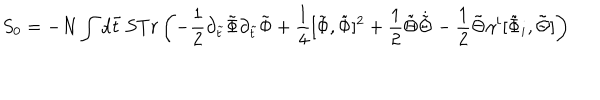
S _ { 0 } = - N \int d \tilde { t } \, S T r \left( - \frac { 1 } { 2 } \partial _ { \tilde { t } } \tilde { \Phi } \partial _ { \tilde { t } } \tilde { \Phi } + \frac { 1 } { 4 } [ \tilde { \Phi } , \tilde { \Phi } ] ^ { 2 } + { \frac { 1 } { 2 } } \tilde { \Theta } \dot { \tilde { \Theta } } - { \frac { 1 } { 2 } } \tilde { \Theta } \gamma ^ { i } [ \tilde { \Phi } _ { i } , \tilde { \Theta } ] \right)